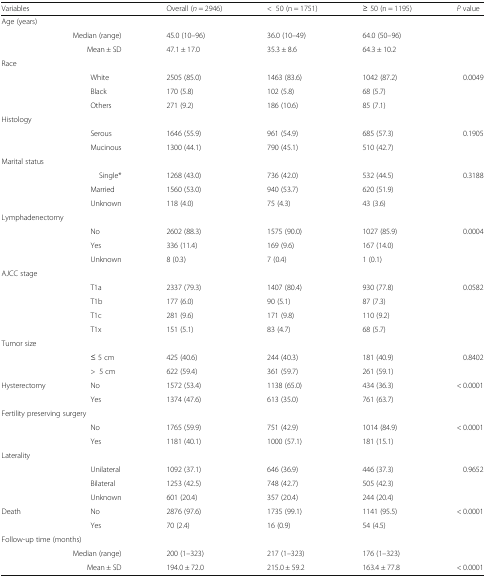
<table><thead><tr><td><b>Variables</b></td><td></td><td><b>Overall (<i>n</i> = 2946)</b></td><td><b>&lt;50 (n = 1751)</b></td><td><b>≥ 50 (n = 1195)</b></td><td><b><i>P</i> value</b></td></tr></thead><tbody><tr><td colspan="6">Age (years)</td></tr><tr><td colspan="2">Median (range)</td><td>45.0 (10–96)</td><td>36.0 (10–49)</td><td>64.0 (50–96)</td><td></td></tr><tr><td colspan="2">Mean ± SD</td><td>47.1 ± 17.0</td><td>35.3 ± 8.6</td><td>64.3 ± 10.2</td><td></td></tr><tr><td colspan="6">Race</td></tr><tr><td></td><td>White</td><td>2505 (85.0)</td><td>1463 (83.6)</td><td>1042 (87.2)</td><td>0.0049</td></tr><tr><td></td><td>Black</td><td>170 (5.8)</td><td>102 (5.8)</td><td>68 (5.7)</td><td></td></tr><tr><td></td><td>Others</td><td>271 (9.2)</td><td>186 (10.6)</td><td>85 (7.1)</td><td></td></tr><tr><td colspan="6">Histology</td></tr><tr><td></td><td>Serous</td><td>1646 (55.9)</td><td>961 (54.9)</td><td>685 (57.3)</td><td>0.1905</td></tr><tr><td></td><td>Mucinous</td><td>1300 (44.1)</td><td>790 (45.1)</td><td>510 (42.7)</td><td></td></tr><tr><td colspan="6">Marital status</td></tr><tr><td colspan="2">Single*</td><td>1268 (43.0)</td><td>736 (42.0)</td><td>532 (44.5)</td><td>0.3188</td></tr><tr><td></td><td>Married</td><td>1560 (53.0)</td><td>940 (53.7)</td><td>620 (51.9)</td><td></td></tr><tr><td></td><td>Unknown</td><td>118 (4.0)</td><td>75 (4.3)</td><td>43 (3.6)</td><td></td></tr><tr><td colspan="6">Lymphadenectomy</td></tr><tr><td></td><td>No</td><td>2602 (88.3)</td><td>1575 (90.0)</td><td>1027 (85.9)</td><td>0.0004</td></tr><tr><td></td><td>Yes</td><td>336 (11.4)</td><td>169 (9.6)</td><td>167 (14.0)</td><td></td></tr><tr><td></td><td>Unknown</td><td>8 (0.3)</td><td>7 (0.4)</td><td>1 (0.1)</td><td></td></tr><tr><td colspan="6">AJCC stage</td></tr><tr><td></td><td>T1a</td><td>2337 (79.3)</td><td>1407 (80.4)</td><td>930 (77.8)</td><td>0.0582</td></tr><tr><td></td><td>T1b</td><td>177 (6.0)</td><td>90 (5.1)</td><td>87 (7.3)</td><td></td></tr><tr><td></td><td>T1c</td><td>281 (9.6)</td><td>171 (9.8)</td><td>110 (9.2)</td><td></td></tr><tr><td></td><td>T1x</td><td>151 (5.1)</td><td>83 (4.7)</td><td>68 (5.7)</td><td></td></tr><tr><td colspan="6">Tumor size</td></tr><tr><td></td><td>≤ 5 cm</td><td>425 (40.6)</td><td>244 (40.3)</td><td>181 (40.9)</td><td>0.8402</td></tr><tr><td></td><td>&gt;5 cm</td><td>622 (59.4)</td><td>361 (59.7)</td><td>261 (59.1)</td><td></td></tr><tr><td>Hysterectomy</td><td>No</td><td>1572 (53.4)</td><td>1138 (65.0)</td><td>434 (36.3)</td><td>&lt; 0.0001</td></tr><tr><td></td><td>Yes</td><td>1374 (47.6)</td><td>613 (35.0)</td><td>761 (63.7)</td><td></td></tr><tr><td colspan="6">Fertility preserving surgery</td></tr><tr><td></td><td>No</td><td>1765 (59.9)</td><td>751 (42.9)</td><td>1014 (84.9)</td><td>&lt; 0.0001</td></tr><tr><td></td><td>Yes</td><td>1181 (40.1)</td><td>1000 (57.1)</td><td>181 (15.1)</td><td></td></tr><tr><td colspan="6">Laterality</td></tr><tr><td></td><td>Unilateral</td><td>1092 (37.1)</td><td>646 (36.9)</td><td>446 (37.3)</td><td>0.9652</td></tr><tr><td></td><td>Bilateral</td><td>1253 (42.5)</td><td>748 (42.7)</td><td>505 (42.3)</td><td></td></tr><tr><td></td><td>Unknown</td><td>601 (20.4)</td><td>357 (20.4)</td><td>244 (20.4)</td><td></td></tr><tr><td>Death</td><td>No</td><td>2876 (97.6)</td><td>1735 (99.1)</td><td>1141 (95.5)</td><td>&lt; 0.0001</td></tr><tr><td></td><td>Yes</td><td>70 (2.4)</td><td>16 (0.9)</td><td>54 (4.5)</td><td></td></tr><tr><td colspan="6">Follow-up time (months)</td></tr><tr><td colspan="2">Median (range)</td><td>200 (1–323)</td><td>217 (1–323)</td><td>176 (1–323)</td><td></td></tr><tr><td colspan="2">Mean ± SD</td><td>194.0 ± 72.0</td><td>215.0 ± 59.2</td><td>163.4 ± 77.8</td><td>&lt; 0.0001</td></tr></tbody></table>